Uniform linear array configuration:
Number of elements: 64
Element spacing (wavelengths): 0.5
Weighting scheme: exponential
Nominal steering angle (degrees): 0
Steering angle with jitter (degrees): -0.9028
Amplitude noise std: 0.05
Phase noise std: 0.05

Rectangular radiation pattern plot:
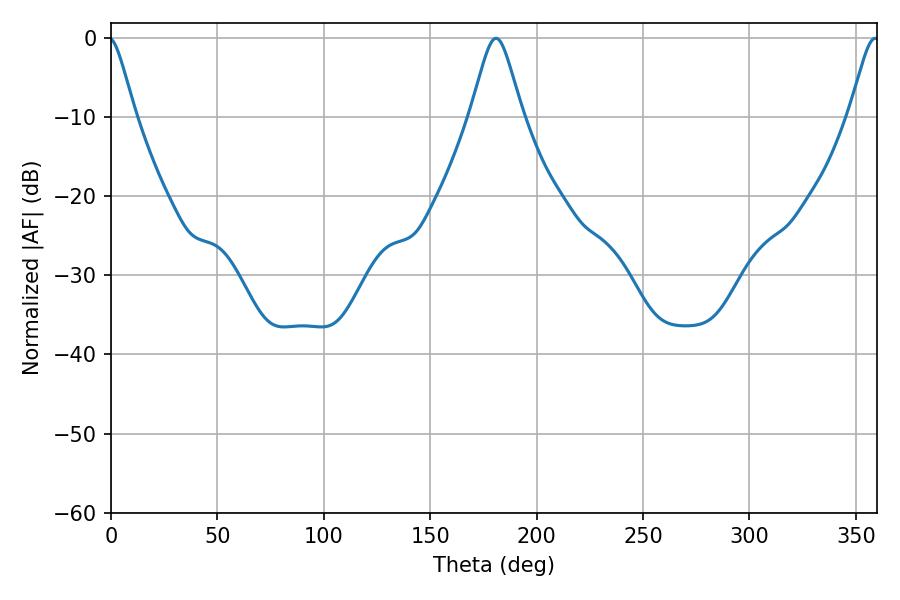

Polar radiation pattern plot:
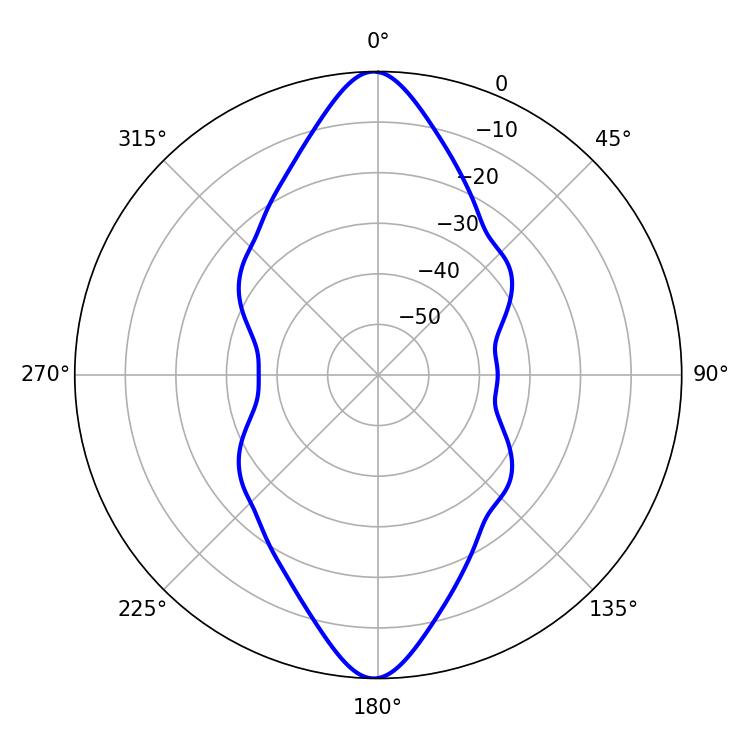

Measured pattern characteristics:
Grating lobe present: FALSE
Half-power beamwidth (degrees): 11.7
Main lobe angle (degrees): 180.9